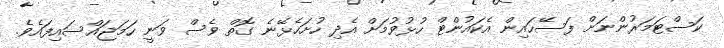
ކަސްޓަމަރުންނަށް ފަސޭހައިން އެކައުންޓް ހުޅުވުމަށް އެދި ހުށަހެޅޭނެ ގޮތް ވެސް ވަނީ ހަމަޖައްސައިފައެވެ.